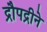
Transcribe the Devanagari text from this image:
द्रौपद्रीने